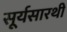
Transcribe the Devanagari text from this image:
सूर्यसारथी